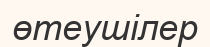
өтеушілер